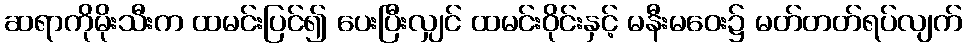
ဆရာကိုမိုးသီးက ထမင်းပြင်၍ ပေးပြီးလျှင် ထမင်းဝိုင်းနှင့် မနီးမဝေး၌ မတ်တတ်ရပ်လျက်